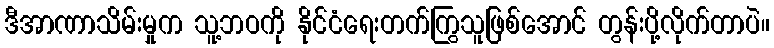
ဒီအာဏာသိမ်းမှုက သူ့ဘဝကို နိုင်ငံရေးတက်ကြွသူဖြစ်အောင် တွန်းပို့လိုက်တာပဲ။